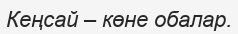
Кеңсай – көне обалар.